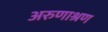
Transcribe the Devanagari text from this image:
अरुणाश्रण